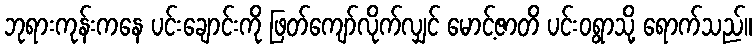
ဘုရားကုန်းကနေ ပင်းချောင်းကို ဖြတ်ကျော်လိုက်လျှင် မောင့်ဇာတိ ပင်းဝရွာသို့ ရောက်သည်။